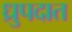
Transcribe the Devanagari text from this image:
ध्रुपदात